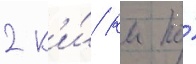
2 к'и́/ км по́